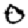
Digit: 0